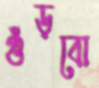
গুঁড়বো